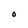
Character: O